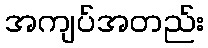
အကျပ်အတည်း